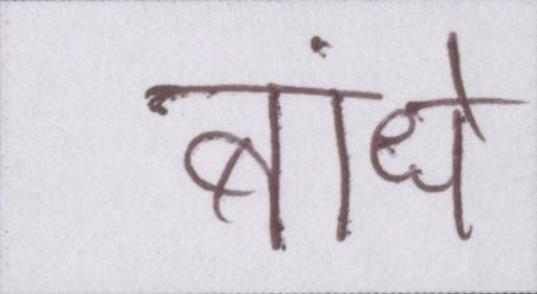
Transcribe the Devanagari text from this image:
बांधे